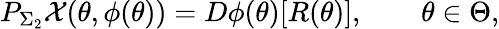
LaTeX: P_{\Sigma_{2}}\mathcal{X}(\theta,\phi(\theta))=D\phi(\theta)[R(\theta)],\qquad\theta\in\Theta,